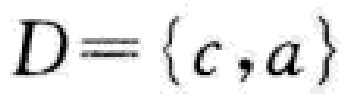
$D = \{ c,a\}$